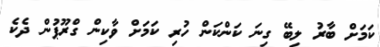
ކަމަށް ބާރު ލިބޭ ގިނަ ކަންކަން ހުރި ކަމަށް ވާކިން ގްރޫޕުން ދެކެ